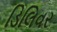
ડિલિવર